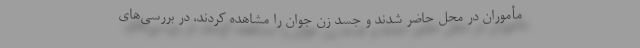
مأموران در محل حاضر شدند و جسد زن جوان را مشاهده کردند، در بررسی‌های